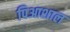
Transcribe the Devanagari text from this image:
पिआशाल